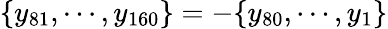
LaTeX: \{ y_{81},\cdots,y_{160}\} =-\{ y_{80},\cdots,y_{1}\}